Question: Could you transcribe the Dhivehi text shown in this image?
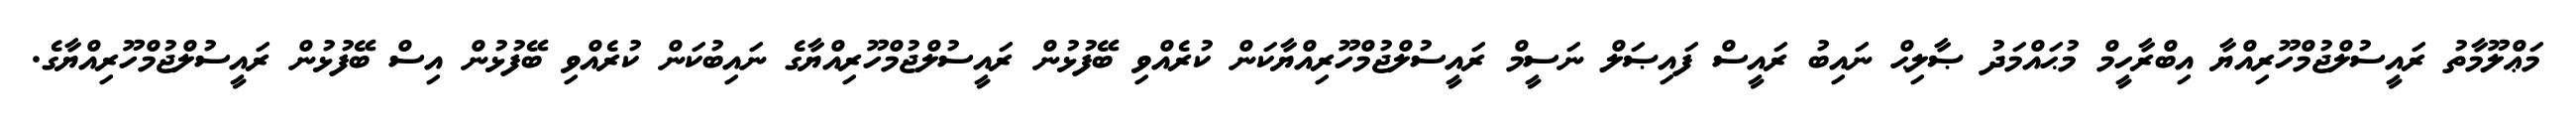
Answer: މަޢްލޫމާތު ރައީސުލްޖުމްހޫރިއްޔާ އިބްރާހީމް މުޙައްމަދު ޞާލިޙް ނައިބު ރައީސް ފައިޞަލް ނަސީމް ރައީސުލްޖުމްހޫރިއްޔާކަން ކުރެއްވި ބޭފުޅުން ރައީސުލްޖުމްހޫރިއްޔާގެ ނައިބުކަން ކުރެއްވި ބޭފުޅުން އިސް ބޭފުޅުން ރައީސުލްޖުމްހޫރިއްޔާގެ.